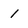
Character: 1